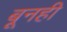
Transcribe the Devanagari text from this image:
बूनही